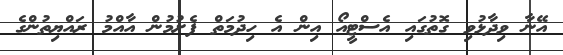
އޭނާ ވިދާޅުވި ގޮތުގައި އެސްޓީއޯ އިން އެ ހިދުމަތް ފެށުމުން އާއްމު ރައްޔިތުންގެ